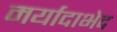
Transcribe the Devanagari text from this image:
मर्यादाभेद